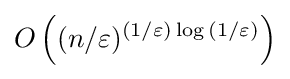
O\left((n/\varepsilon )^{(1/\varepsilon )\log {(1/\varepsilon )}}\right)